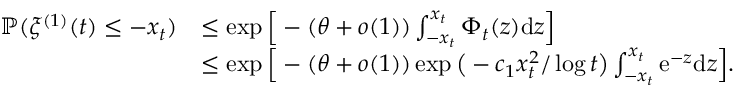
\begin{array} { r l } { \mathbb { P } ( \xi ^ { ( 1 ) } ( t ) \leq - x _ { t } ) } & { \leq \exp \Big [ - ( \theta + o ( 1 ) ) \int _ { - x _ { t } } ^ { x _ { t } } \Phi _ { t } ( z ) \mathrm d z \Big ] } \\ & { \leq \exp \Big [ - ( \theta + o ( 1 ) ) \exp \big ( - c _ { 1 } x _ { t } ^ { 2 } / \log t \big ) \int _ { - x _ { t } } ^ { x _ { t } } \mathrm e ^ { - z } \mathrm d z \Big ] . } \end{array}